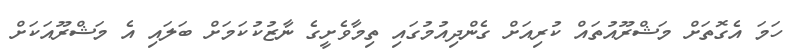
ހަމަ އެގޮތަށް މަޝްރޫއުތައް ކުރިއަށް ގެންދިއުމުގައި ތިމާވެށީގެ ނާޒުކުކަމަށް ބަލައި އެ މަޝްރޫއަކަށް